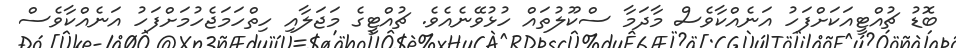
ބޮޑު ޗުއްޓީއަކަށްފަހު އަނެއްކާވެސް މާދަމާ ސްކޫލުތައް ހުޅުވޭނެއެވެ. ޗުއްޓީގެ މަޖަލާއި ހިތްހަމަޖެހުމަށްފަހު އަނެއްކާވެސް